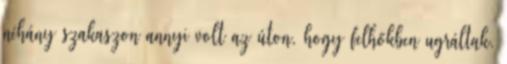
néhány szakaszon annyi volt az úton, hogy felhőkben ugráltak,